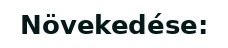
Növekedése: